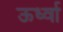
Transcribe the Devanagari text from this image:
ऊर्ध्वा